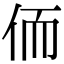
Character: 侕